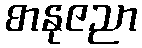
စာနုဇညာ